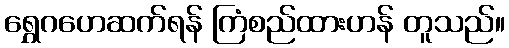
ရွှေဂဟေဆက်ရန် ကြံစည်ထားဟန် တူသည်။